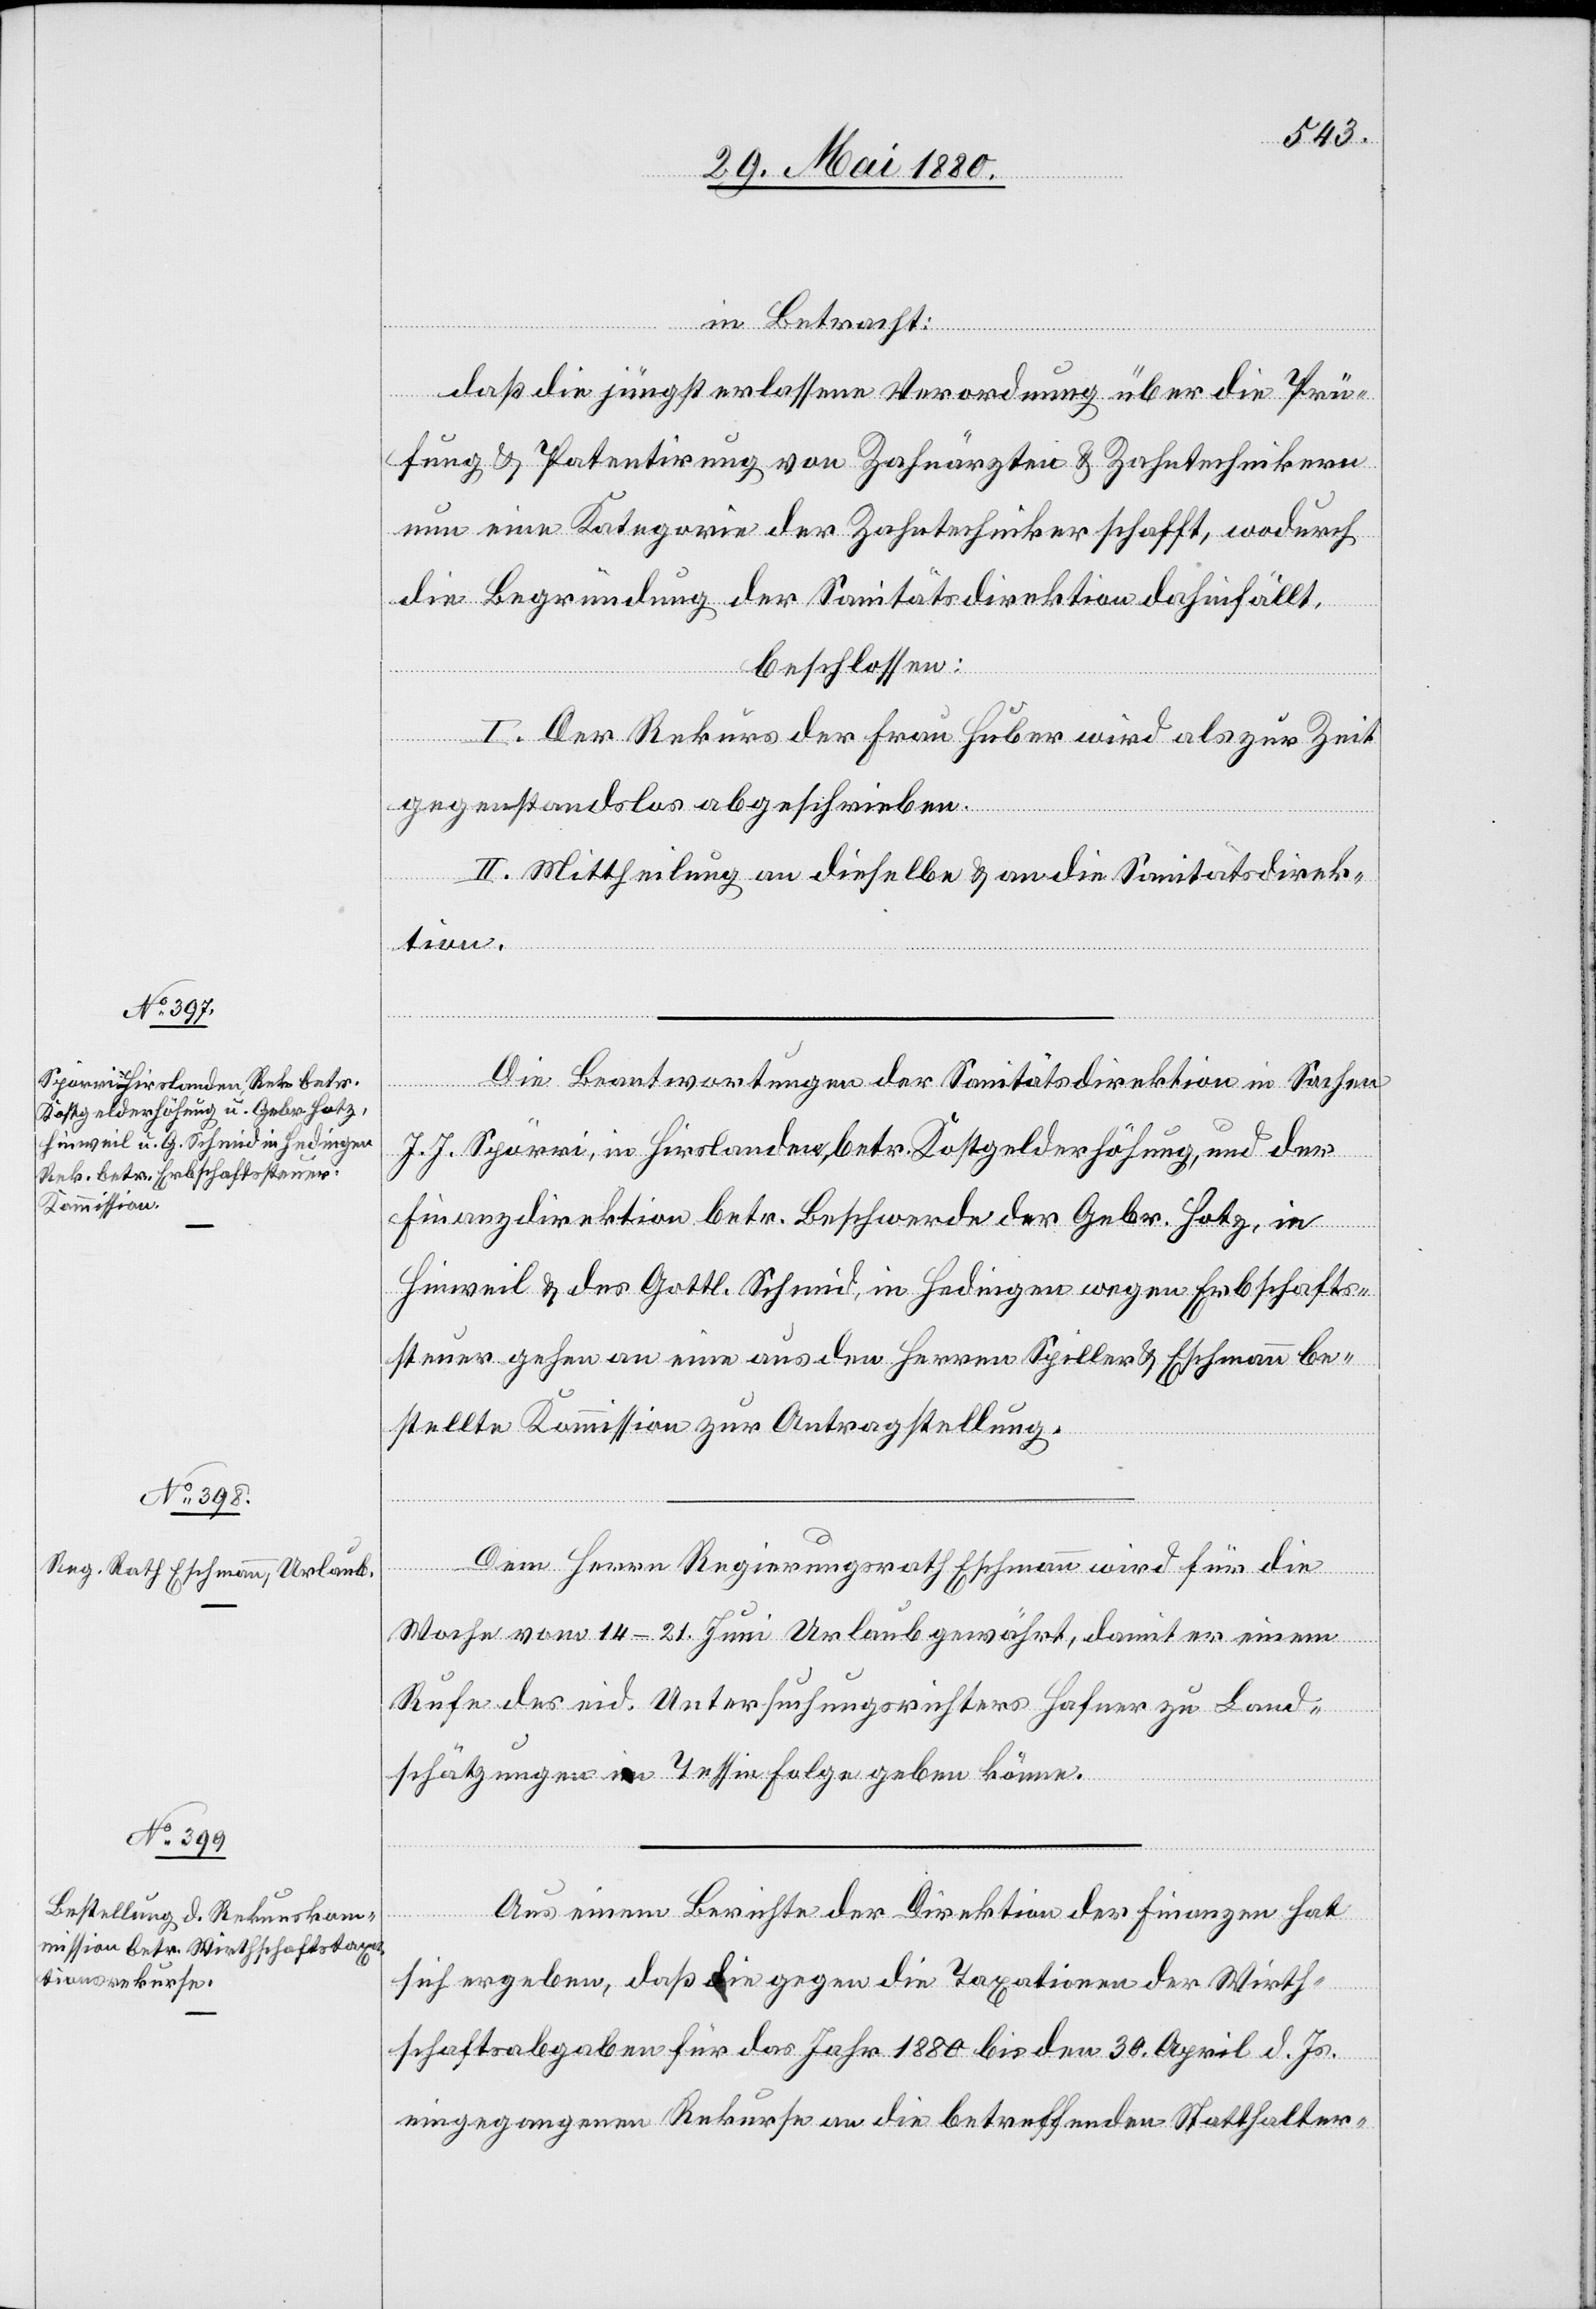
in Betracht:
daß die jüngsthin erlassene Verordnung über die Prü¬
fung & Patentirung von Zahnärzten & Zahntechnikern
nun eine Kategorie der Zahntechniker schafft, wodurch
die Begründung der Sanitätsdirektion dahinfällt,
beschlossen:
I. Der Rekurs der Frau Huber wird als zur Zeit
gegenstandslos abgeschrieben.
II. Mittheilung an dieselbe & an die Sanitätsdirek¬
tion.
Die Beantwortung der Sanitätsdirektion in Sachen
J. J. Spörri, in Hirslanden, betr. Kostgelderhöhung, und der
Finanzdirektion betr. Beschwerde der Gebr. Hotz, in
Hinweil & des Gottl. Schmid in Hedingen wegen Erbschafts¬
steuer gehen an eine aus den Herren Spiller & Eschmann be¬
stellte Kommission zur Antragstellung.
Dem Herrn Regierungsrath Eschmann wird für die
Woche vom 14.–21. Juni Urlaub gewährt, damit er einem
Rufe des eid. Untersuchungsrichters Hafner zu Land¬
schätzungen in Tessin Folge geben könne.
Aus einem Berichte der Direktion der Finanzen hat
sich ergeben, daß die gegen die Taxationen der Wirth¬
schaftsabgaben für das Jahr 1880 bis den 30. April d. Js.
eingegangenen Rekurse an die betreffenden Statthalter-